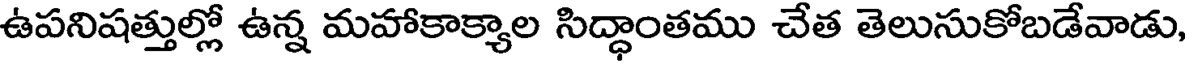
ఉపనిషత్తుల్లో ఉన్న మహాకాక్యాల సిద్ధాంతము చేత తెలుసుకోబడేవాడు,